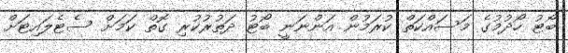
ބޯޓު ހޯދުމުގެ މަސައްކަތް ކުރަމުން އަންނަނީ ބޯޓު ދަތުރުކުރި ގޮތް ކަމަށް ސެޓެލައިޓަށް